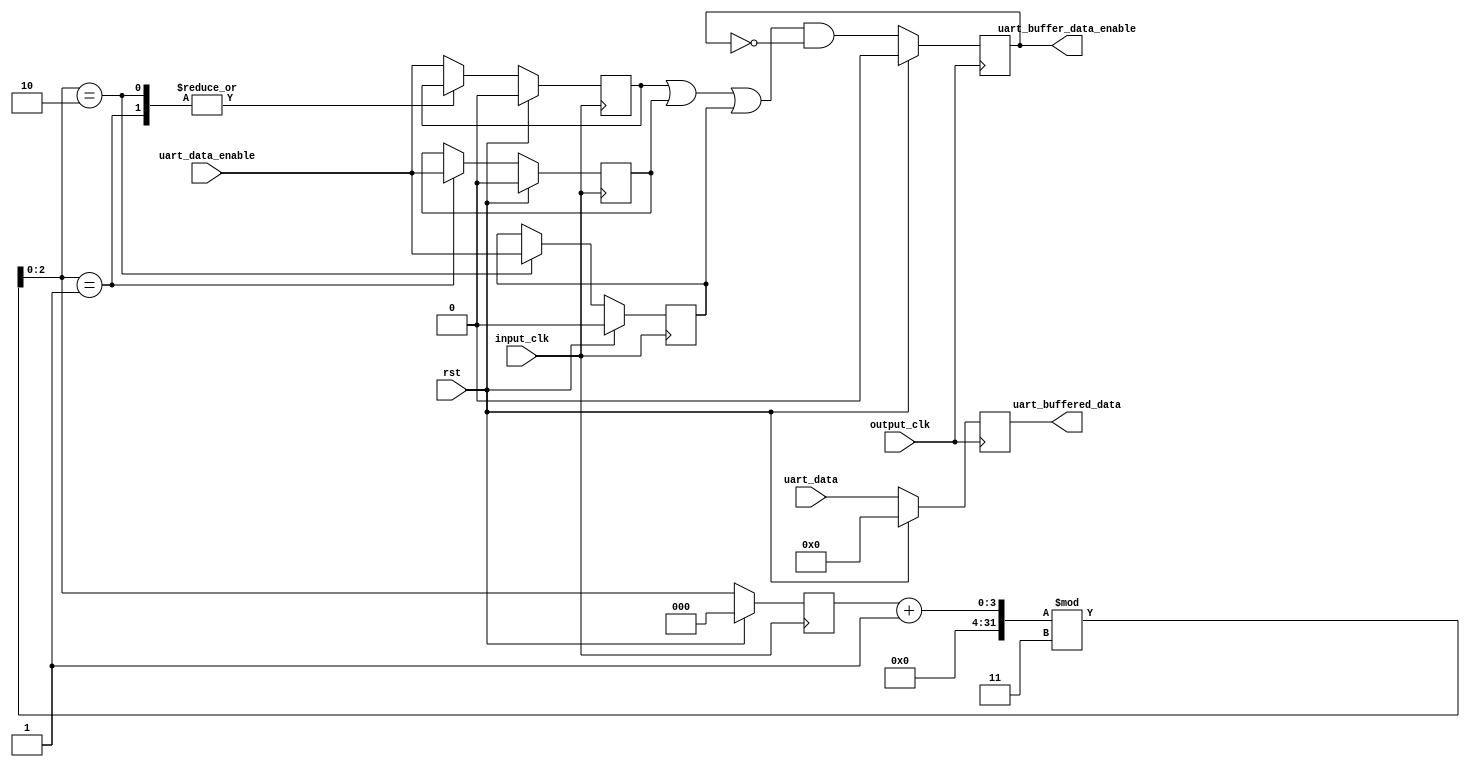
`timescale 1ns / 1ps

//////////////////////////////////////////////////////////////////////////////////
// Module Name: uart_buffer
// Project Name: Statki
// Description: Modu buforuje dane z uarta do ProgramData. Nastpuje w nim zmiana czstotliwoci przesyania danych(dane wejciowe zasilane s zegarem 100MHz, a wyjciowe 40MHz) 
//////////////////////////////////////////////////////////////////////////////////

module uart_buffer(
    input wire input_clk, // 100MHz
    input wire output_clk, // 40MHz
    input wire rst,
    input wire [7:0] uart_data,
    input wire uart_data_enable,
    output reg [7:0] uart_buffered_data,
    output reg uart_buffer_data_enable
    );
    
    reg [7:0] uart_buffered_data_nxt;
    reg uart_buffer_data_enable_nxt;
    reg input_enable1, input_enable1_nxt, input_enable2, input_enable2_nxt, input_enable3, input_enable3_nxt;
    reg [2:0] input_clk_counter, input_clk_counter_nxt;
    
    always @(posedge output_clk)
    begin
        if(rst)
        begin
            uart_buffer_data_enable <= 0;
            uart_buffered_data <= 0;               
        end
        else
        begin
            uart_buffer_data_enable <= uart_buffer_data_enable_nxt;
            uart_buffered_data <= uart_buffered_data_nxt;
        end
    end
     
    always @(posedge input_clk)
    begin
        if(rst)
        begin
            input_clk_counter <= 0; 
            input_enable1 <= 0;
            input_enable2 <= 0;
            input_enable3 <= 0;
        end          
        else
        begin
            input_clk_counter <= input_clk_counter_nxt;
            input_enable1 <= input_enable1_nxt;
            input_enable2 <= input_enable2_nxt;
            input_enable3 <= input_enable3_nxt;
        end            
    end 
     
    always @*
    begin
        input_clk_counter_nxt = (input_clk_counter+1)%3;
        input_enable1_nxt = input_enable1;
        input_enable2_nxt = input_enable2;
        input_enable3_nxt = input_enable3;
        case(input_clk_counter_nxt)
            2'b00: input_enable1_nxt = uart_data_enable;
            2'b01: input_enable2_nxt = uart_data_enable;
            2'b10: input_enable3_nxt = uart_data_enable;
            default: input_enable1_nxt = uart_data_enable;
        endcase
        uart_buffered_data_nxt = uart_data;
        uart_buffer_data_enable_nxt = ((input_enable1 | input_enable2 | input_enable3) && (!uart_buffer_data_enable));
    end
endmodule